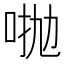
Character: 𠴋